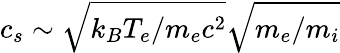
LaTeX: c_{s}\sim\sqrt{k_{B}T_{e}/m_{e}c^{2}}\sqrt{m_{e}/m_{i}}